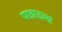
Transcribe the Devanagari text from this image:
पछाडला